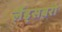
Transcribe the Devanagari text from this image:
लैंड्सबरो